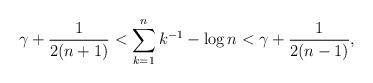
LaTeX: \begin{align*}\gamma +\frac{1}{2(n+1)} < \sum\limits_{k=1}^n k^{-1} - \log n < \gamma + \frac{1}{2(n-1)},\end{align*}